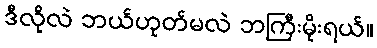
ဒီလိုလဲ ဘယ်ဟုတ်မလဲ ဘကြီးမိုးရယ်။